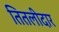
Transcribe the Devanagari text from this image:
तितलीदार